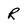
Character: R